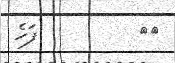
٤٤         ފަހެ